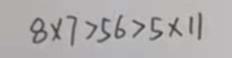
8 \times 7 > 5 6 > 5 \times 1 1